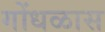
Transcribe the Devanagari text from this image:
गोंधळास